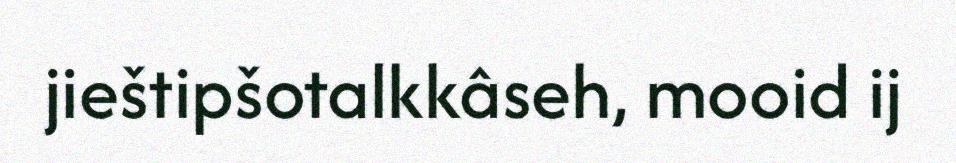
jieštipšotalkkâseh, mooid ij